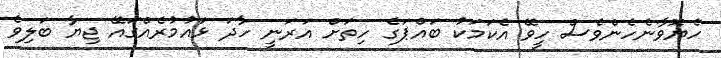
ހެޔޮވާނެހެންވެސް ހީވޭ އެކަމަކު ބައްޕަގެ ހިތަށް އަރަނީ ހާދަ ޅައުމުރެއްގައޭ ޖިޔާ ބަލިވެ